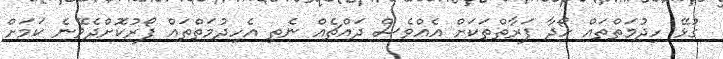
ގުޅޭ ހިދުމަތްތައް ހޯދާ ފަރާތްތަކަށް އެެއްްވެސް ދައްޗެއް ނެތި އެހިދުމަތްތައް ފޯރުކޮށްދެވޭނެ ކަމަށް